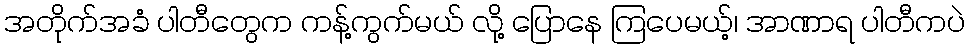
အတိုက်အခံ ပါတီတွေက ကန့်ကွက်မယ် လို့ ပြောနေ ကြပေမယ့်၊ အာဏာရ ပါတီကပဲ